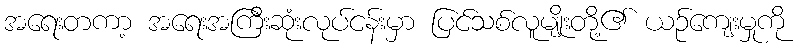
အရေးတကာ့ အရေးအကြီးဆုံးလုပ်ငန်းမှာ ပြင်သစ်လူမျိုးတို့၏ ယဉ်ကျေးမှုကို